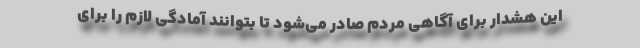
این هشدار برای آگاهی مردم صادر می‌شود تا بتوانند آمادگی لازم را برای